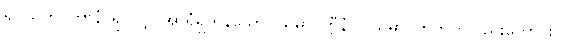
ရူပသဟဂတာနံ၊ ရုပ်လျှင်အာရုံရှိကုန်သော။ သမာပတ္တီနံဝါ၊ သမာပတ်တိုကိုလည်းကောင်း။